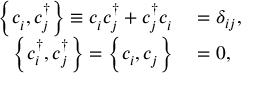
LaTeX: \begin{array} { r l } { \left\{ c _ { i } ^ { \, } , c _ { j } ^ { \dagger } \right\} \equiv c _ { i } ^ { \, } c _ { j } ^ { \dagger } + c _ { j } ^ { \dagger } c _ { i } ^ { \, } } & { { } = \delta _ { i j } , } \\ { \left\{ c _ { i } ^ { \dagger } , c _ { j } ^ { \dagger } \right\} = \left\{ c _ { i } ^ { \, } , c _ { j } ^ { \, } \right\} } & { { } = 0 , } \end{array}